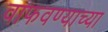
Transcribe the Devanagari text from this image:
वाफवण्याच्या